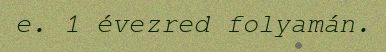
e. 1 évezred folyamán.